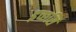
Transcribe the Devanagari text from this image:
इच्छसि